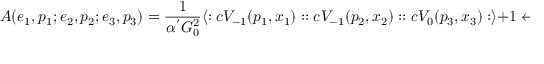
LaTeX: A ( e _ { 1 } , p _ { 1 } ; e _ { 2 } , p _ { 2 } ; e _ { 3 } , p _ { 3 } ) = \frac { 1 } { \alpha ^ { ' } G _ { 0 } ^ { 2 } } \langle : c V _ { - 1 } ( p _ { 1 } , x _ { 1 } ) : : c V _ { - 1 } ( p _ { 2 } , x _ { 2 } ) : : c V _ { 0 } ( p _ { 3 } , x _ { 3 } ) : \rangle + 1 \leftrightarrow 2